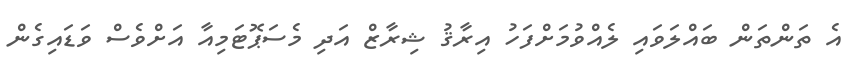
އެ ތަންތަން ބައްލަވައި ލެއްވުމަށްފަހު އިރާޤު ޝިރާޒް އަދި މެސަޕޮޓަމިއާ އަށްވެސް ވަޑައިގެން